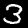
Digit: 3